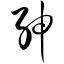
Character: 绅